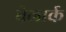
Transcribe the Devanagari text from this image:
बेलार्क